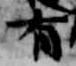
有